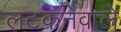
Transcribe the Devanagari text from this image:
लटकनेवाले